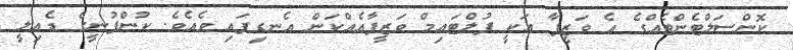
ކޮންސަލްޓެންޓެއްގެ އެ ވަޒީފާ އަކީ ފުލްޓައިމް ވަޒީފާއެއްކަން އެނގިފައި ވެއެވެ. ކުންފުނީގެ ޑެއިލީ